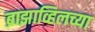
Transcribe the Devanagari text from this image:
ब्राझाव्हिलच्या